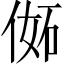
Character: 𠊜